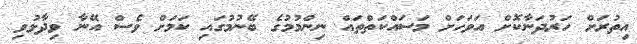
އިތުރަށް ހަރުދަނާކޮށް އަވަހަށް މަސައްކަތްތައް ނިންމުމުގެ ބޭނުމުގައި ކަމަށް ވެސް އޭނާ ވިދާޅުވި